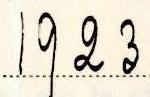
1923